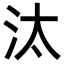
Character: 汰